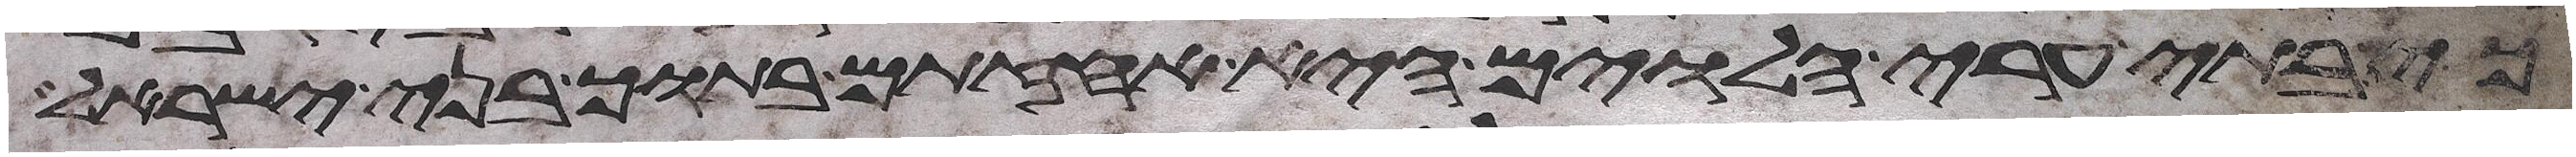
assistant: כי בתי ערי הלוים היא אחזתם בתוך בני ישראל